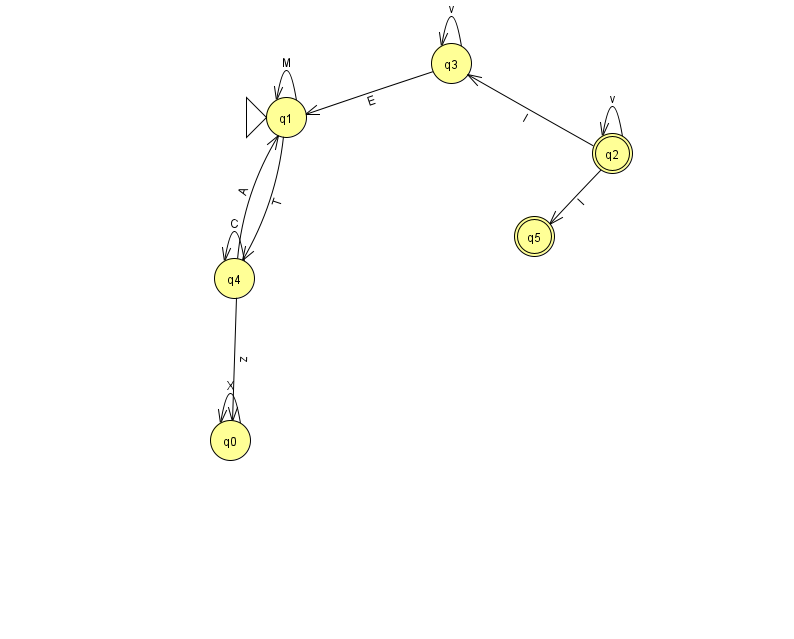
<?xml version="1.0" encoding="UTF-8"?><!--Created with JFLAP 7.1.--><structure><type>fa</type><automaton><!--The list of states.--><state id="0" name="q0"><x>230.0</x><y>427.0</y></state><state id="1" name="q1"><x>286.0</x><y>104.0</y><initial/></state><state id="2" name="q2"><x>612.0</x><y>140.0</y><final/></state><state id="3" name="q3"><x>451.0</x><y>50.0</y></state><state id="4" name="q4"><x>234.0</x><y>265.0</y></state><state id="5" name="q5"><x>534.0</x><y>223.0</y><final/></state><!--The list of transitions.--><transition><from>2</from><to>5</to><read>I</read></transition><transition><from>4</from><to>1</to><read>A</read></transition><transition><from>3</from><to>1</to><read>E</read></transition><transition><from>4</from><to>4</to><read>C</read></transition><transition><from>1</from><to>4</to><read>T</read></transition><transition><from>2</from><to>2</to><read>v</read></transition><transition><from>3</from><to>3</to><read>v</read></transition><transition><from>2</from><to>3</to><read>I</read></transition><transition><from>0</from><to>0</to><read>X</read></transition><transition><from>4</from><to>0</to><read>z</read></transition><transition><from>1</from><to>1</to><read>M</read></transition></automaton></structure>